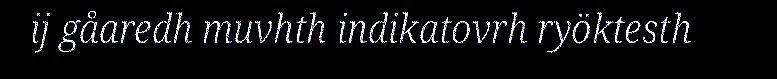
ij gåaredh muvhth indikatovrh ryöktesth